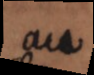
au